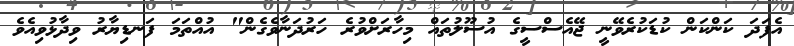
އެފަދަ ކަންކަން ކުޑަކުރެވޭނީ ޖޭއެސްސީގެ އުސޫލުތައް މިހާރަށްވުރެ ހަރުދަނާވެގެން" އުއްތަމަ ފަނޑިޔާރު ވިދާޅުވިއެވެ